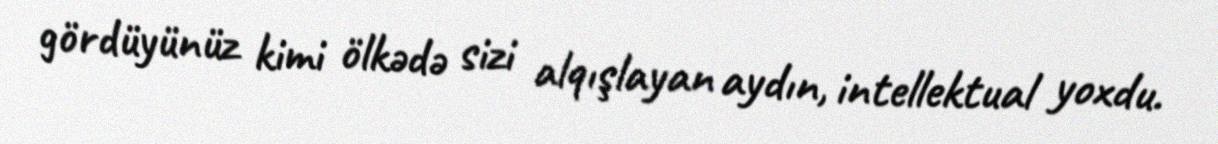
gördüyünüz kimi ölkədə sizi alqışlayan aydın, intellektual yoxdu.